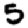
Digit: 5